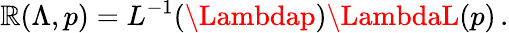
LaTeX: {\cal\mathbb{R}}(\Lambda,p)=L^{-1}(\Lambdap)\LambdaL(p)\, .